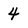
Character: 4